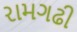
રામગઢી